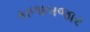
કાળાબજાર